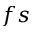
f s